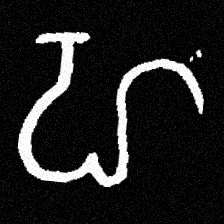
Pyu character \u2014 Myanmar letter: ဟ (romanized: ha)